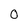
Character: 0